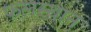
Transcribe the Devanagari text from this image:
फलस्थान